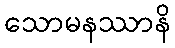
သောမနဿာနိ